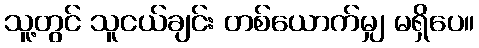
သူ့တွင် သူငယ်ချင်း တစ်ယောက်မျှ မရှိပေ။